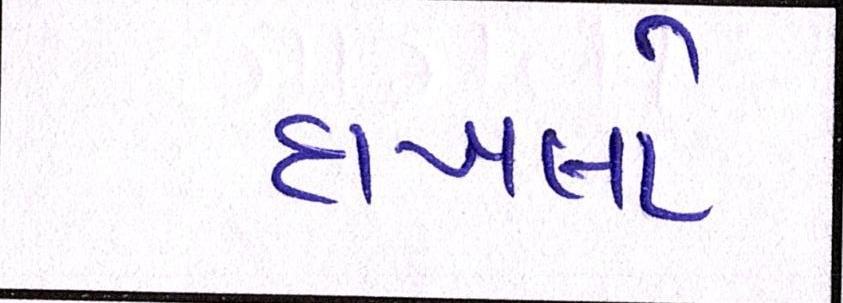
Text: દાખલો